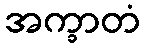
အက္ခာတံ